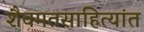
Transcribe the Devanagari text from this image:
शैवमतसाहित्यांत